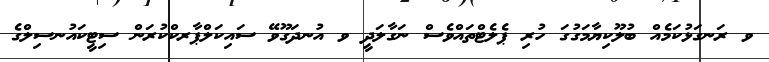
ވ ރަނގަޅުކަމެއް ބުލޫކިޔާމަގުގަ ހުރި ޕެލެޓްތައްވެސް ނަގާލަދީ ވ އުނދަގޫވޭ ސައިކަލްޕާރކްކުރަން ސިޓީކައުނސިލްގެ